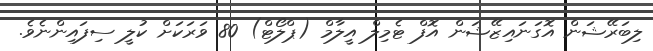
ލިބަރޭޝަން އޮގަނައިޒޭޝަން އޮފް ޓެމިލް އީލާމް (ޕްލޯޓް) 80 ވަރަކަށް ކުލީ ސިފައިންނެވެ.